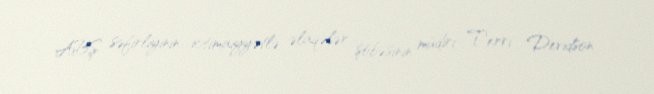
ABŞ səfirliyinin ictimaiyyətlə əlaqələr şöbəsinin müdiri Terri Devidson